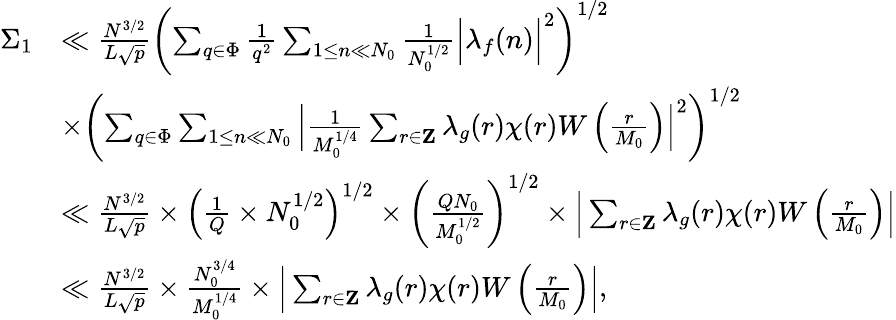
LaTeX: \begin{array}{rl}{\Sigma_{1}}&{\ll\frac{N^{3/2}}{L\sqrt{p}}\left(\sum_{q\in\Phi}\frac{1}{q^{2}}\sum_{1\leq n\ll N_{0}}\frac{1}{N_{0}^{1/2}}\Big|\lambda_{f}(n)\Big|^{2}\right)^{1/2}}\\ &{\times\left(\sum_{q\in\Phi}\sum_{1\leq n\ll N_{0}}\Big|\frac{1}{M_{0}^{1/4}}\sum_{r\in\mathbf{Z}}\lambda_{g}(r)\chi(r)W\left(\frac{r}{M_{0}}\right)\Big|^{2}\right)^{1/2}}\\ &{\ll\frac{N^{3/2}}{L\sqrt{p}}\times\left(\frac{1}{Q}\times N_{0}^{1/2}\right)^{1/2}\times\left(\frac{QN_{0}}{M_{0}^{1/2}}\right)^{1/2}\times\Big|\sum_{r\in\mathbf{Z}}\lambda_{g}(r)\chi(r)W\left(\frac{r}{M_{0}}\right)\Big|}\\ &{\ll\frac{N^{3/2}}{L\sqrt{p}}\times\frac{N_{0}^{3/4}}{M_{0}^{1/4}}\times\Big|\sum_{r\in\mathbf{Z}}\lambda_{g}(r)\chi(r)W\left(\frac{r}{M_{0}}\right)\Big|,}\end{array}